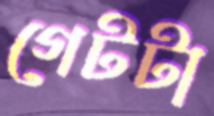
গেটটা